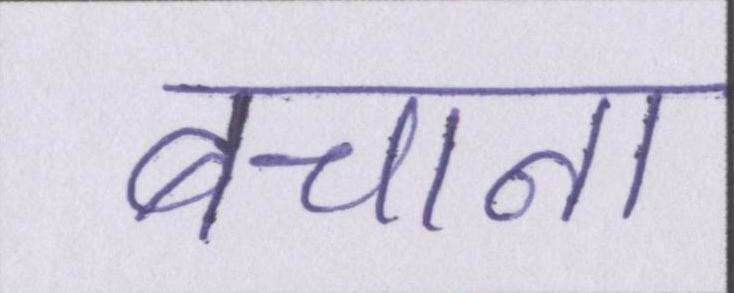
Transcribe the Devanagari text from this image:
बचाना